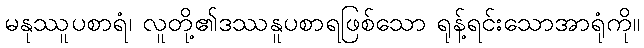
မနုဿူပစာရံ၊ လူတို့၏ဒဿနူပစာရဖြစ်သော ရုန့်ရင်းသောအာရုံကို။